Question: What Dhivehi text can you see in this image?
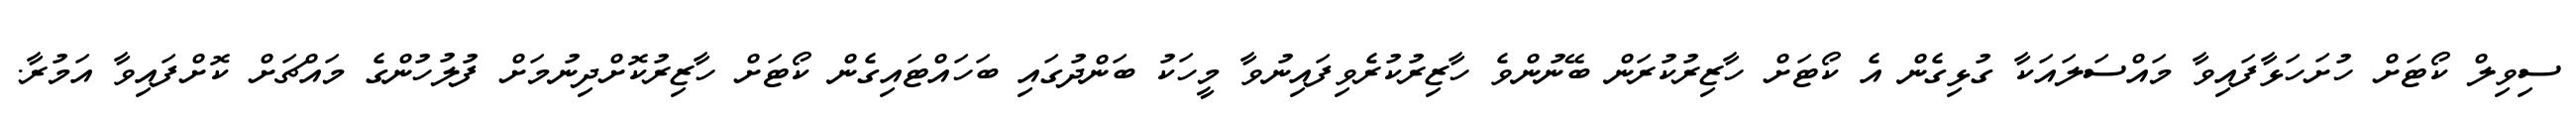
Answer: ސިވިލް ކޯޓަށް ހުށަހަޅާފައިވާ މައްސަލައަކާ ގުޅިގެން އެ ކޯޓަށް ހާޒިރުކުރަން ބޭނުންވެ ހާޒިރުކުރެވިފައިނުވާ މީހަކު ބަންދުގައި ބަހައްޓައިގެން ކޯޓަށް ހާޒިރުކޮށްދިނުމަށް ފުލުހުންގެ މައްޗަށް ކޮށްފައިވާ އަމުރާ.